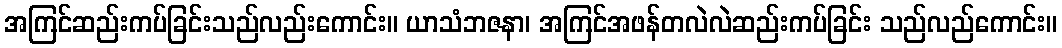
အကြင်ဆည်းကပ်ခြင်းသည်လည်းကောင်း။ ယာသံဘဇနာ၊ အကြင်အဖန်တလဲလဲဆည်းကပ်ခြင်း သည်လည်ကောင်း။